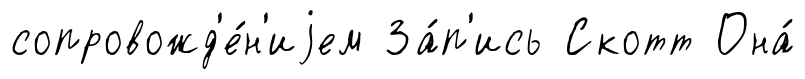
сопровожд'е́н'иjем За́п'ись Скотт Она́